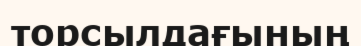
торсылдағының